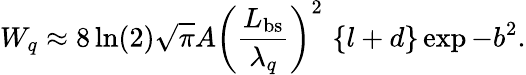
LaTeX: W_{q}\approx 8\ln(2)\sqrt{\pi}A\left(\frac{L_{\mathrm{bs}}}{\lambda_{q}}\right)^{2}\, \left\{ l+d\right\} \exp{-b^{2}}.